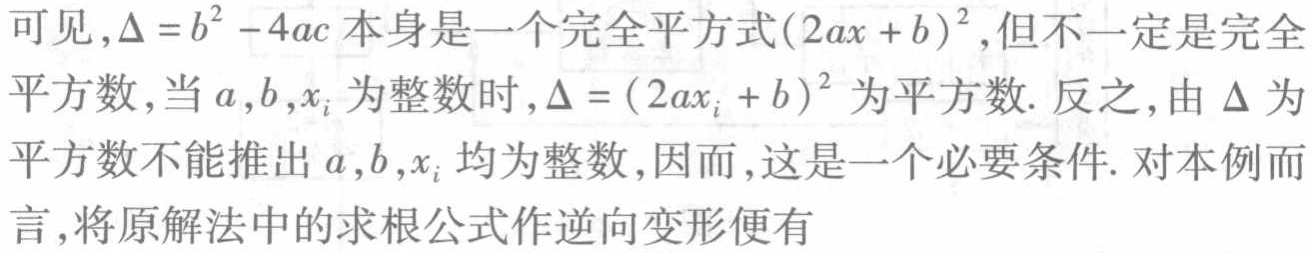
可见，\(\Delta =b^{2}-4ac\)本身是一个完全平方式\((2ax + b)^{2}\)，但不一定是完全平方数，当\(a,b,x_{i}\)为整数时，\(\Delta =(2ax_{i}+b)^{2}\)为平方数. 反之，由\(\Delta\)为平方数不能推出\(a,b,x_{i}\)均为整数，因而，这是一个必要条件. 对本例而言，将原解法中的求根公式作逆向变形便有